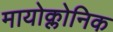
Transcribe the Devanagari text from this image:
मायोक्लोनिक